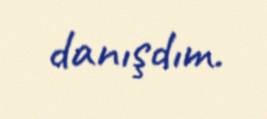
danışdım.